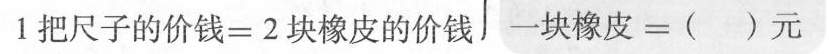
1把尺子的价钱=2块橡皮的价钱 一块橡皮=（ ）元